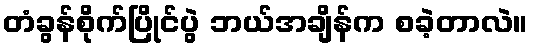
တံခွန်စိုက်ပြိုင်ပွဲ ဘယ်အချိန်က စခဲ့တာလဲ။